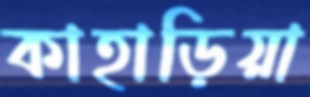
কাহাড়িয়া